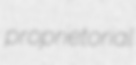
proprietorial